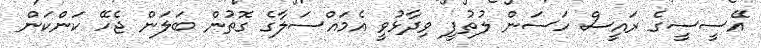
އޭސީސީގެ ރައީސް ހަސަން ލުތުފީ ވިދާޅުވީ އެމައްސަލާގެ ގޮތުން ބަލަން ޖެހޭ ކަންކަން